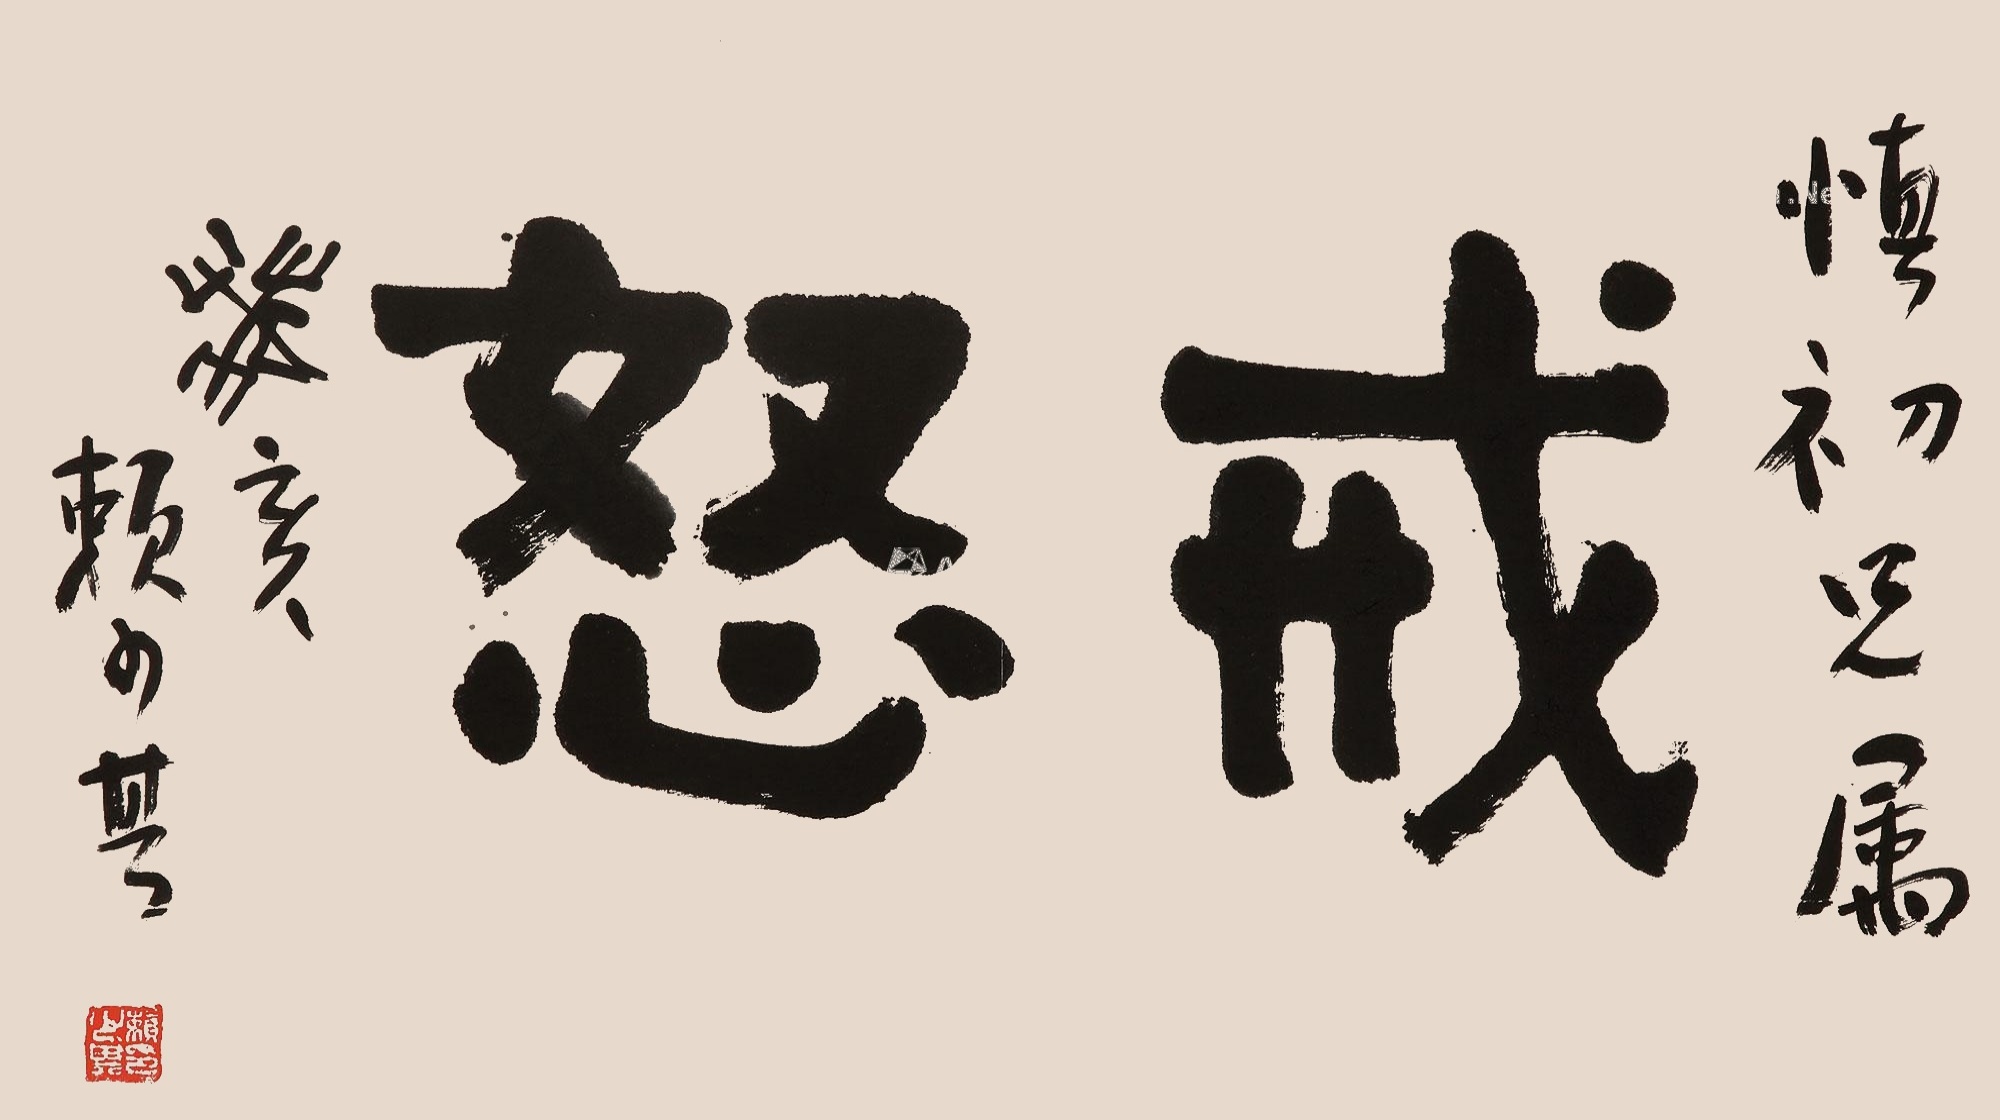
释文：戒怒。慎初兄属。癸亥，赖少其。